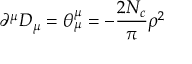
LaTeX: \partial ^ { \mu } D _ { \mu } = \theta _ { \mu } ^ { \mu } = - \frac { 2 N _ { c } } { \pi } \rho ^ { 2 }